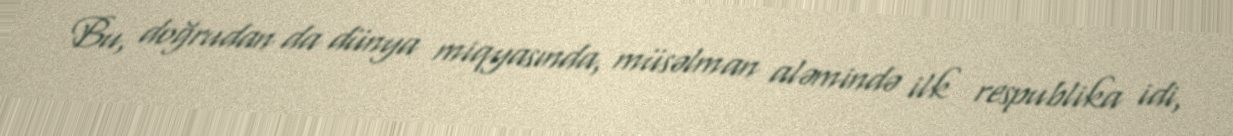
Bu, doğrudan da dünya miqyasında, müsəlman aləmində ilk respublika idi,